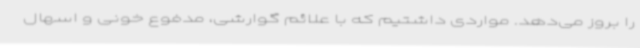
را بروز می‌دهد. مواردی داشتیم که با علائم گوارشی، مدفوع خونی و اسهال